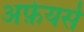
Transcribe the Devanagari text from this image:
अफ़ेयर्स